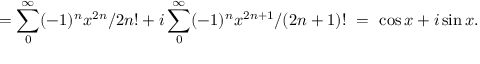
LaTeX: = \sum _ { 0 } ^ { \infty } ( - 1 ) ^ { n } x ^ { 2 n } / 2 n ! + i \sum _ { 0 } ^ { \infty } ( - 1 ) ^ { n } x ^ { 2 n + 1 } / ( 2 n + 1 ) ! \ = \ \cos x + i \sin x .